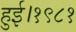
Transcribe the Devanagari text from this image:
हुई।१९८१